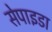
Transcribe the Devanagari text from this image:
सेपाइडा